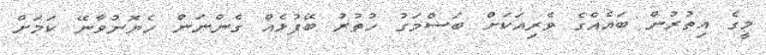
މީގެ އިތުރުން ބައެއްގެ ވެރިއަކަށް ބަސްމަގު ހުތުރު ބޭފުޅެއް ގެންނަން ހެޔޮނުވާނޭ ކަމަށް